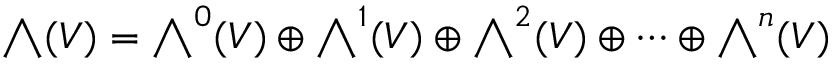
{ \textstyle \bigwedge } ( V ) = { \textstyle \bigwedge } ^ { 0 } ( V ) \oplus { \textstyle \bigwedge } ^ { 1 } ( V ) \oplus { \textstyle \bigwedge } ^ { 2 } ( V ) \oplus \cdots \oplus { \textstyle \bigwedge } ^ { n } ( V )